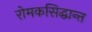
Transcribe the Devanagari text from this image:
रोमकसिद्धान्त